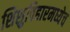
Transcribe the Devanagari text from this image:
शिशुविहारमध्येच